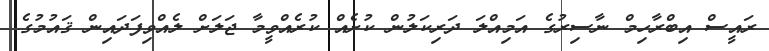
ރައީސް އިބްރާހިމް ނާސިރުގެ އަމިއްލަ ދަރިކަލުން ކުށެއް ކުރެއްވީމާ ޖަލަށް ލެއްވިފަދައިން ޤައުމުގެ